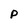
Character: p